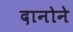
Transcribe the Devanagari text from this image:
दानोने